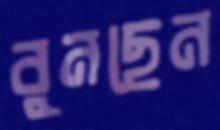
বুনছেন